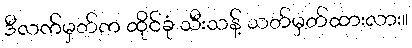
ဒီလက်မှတ်က ထိုင်ခုံ သီးသန့် သတ်မှတ်ထားလား။